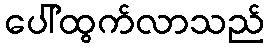
ပေါ်ထွက်လာသည်